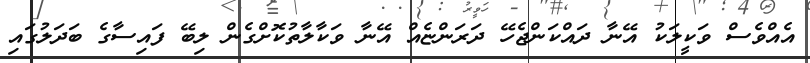
އެއްވެސް ވަކީލަކު އޭނާ ދައްކަންޖެހޭ ދަރަންޏެއް އޭނާ ވަކާލާތުކޮށްގެން ލިބޭ ފައިސާގެ ބަދަލުގައި